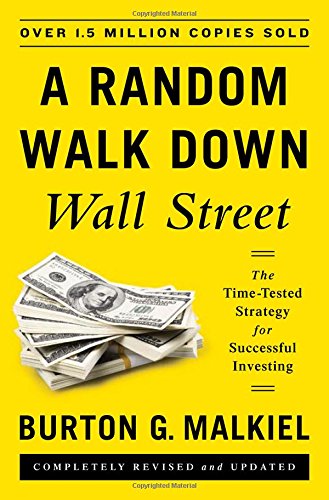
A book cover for A Random Walk Down Wall Street: The Time-Tested Strategy for Successful Investing (Eleventh Edition); Burton G. Malkiel; Business & Money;